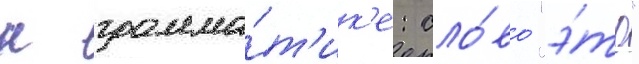
к грамма́т'ик'е: сло́во "э́то"